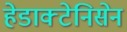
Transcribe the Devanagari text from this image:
हेडाक्टेनिसेन